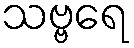
သဗ္ဗရေ